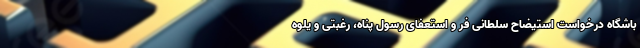
باشگاه درخواست استیضاح سلطانی فر و استعفای رسول پناه، رغبتی و یلوه